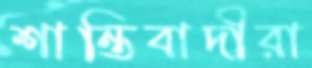
শান্তিবাদীরা